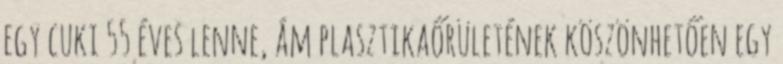
egy cuki 55 éves lenne, ám plasztikaőrületének köszönhetően egy